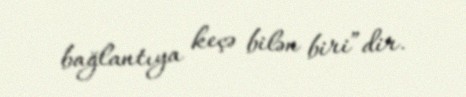
bağlantıya keçə bilən biri”dir.